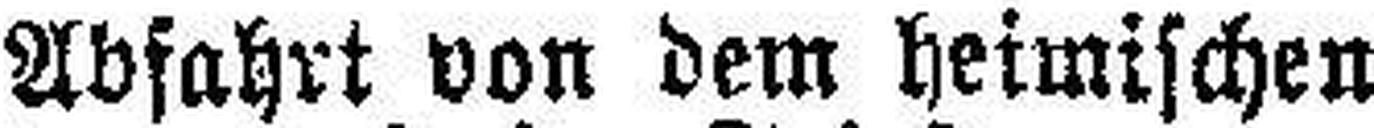
Abfahrt von dem heimischen